Kassari_(Keina)_vallavalitsus, lk 27
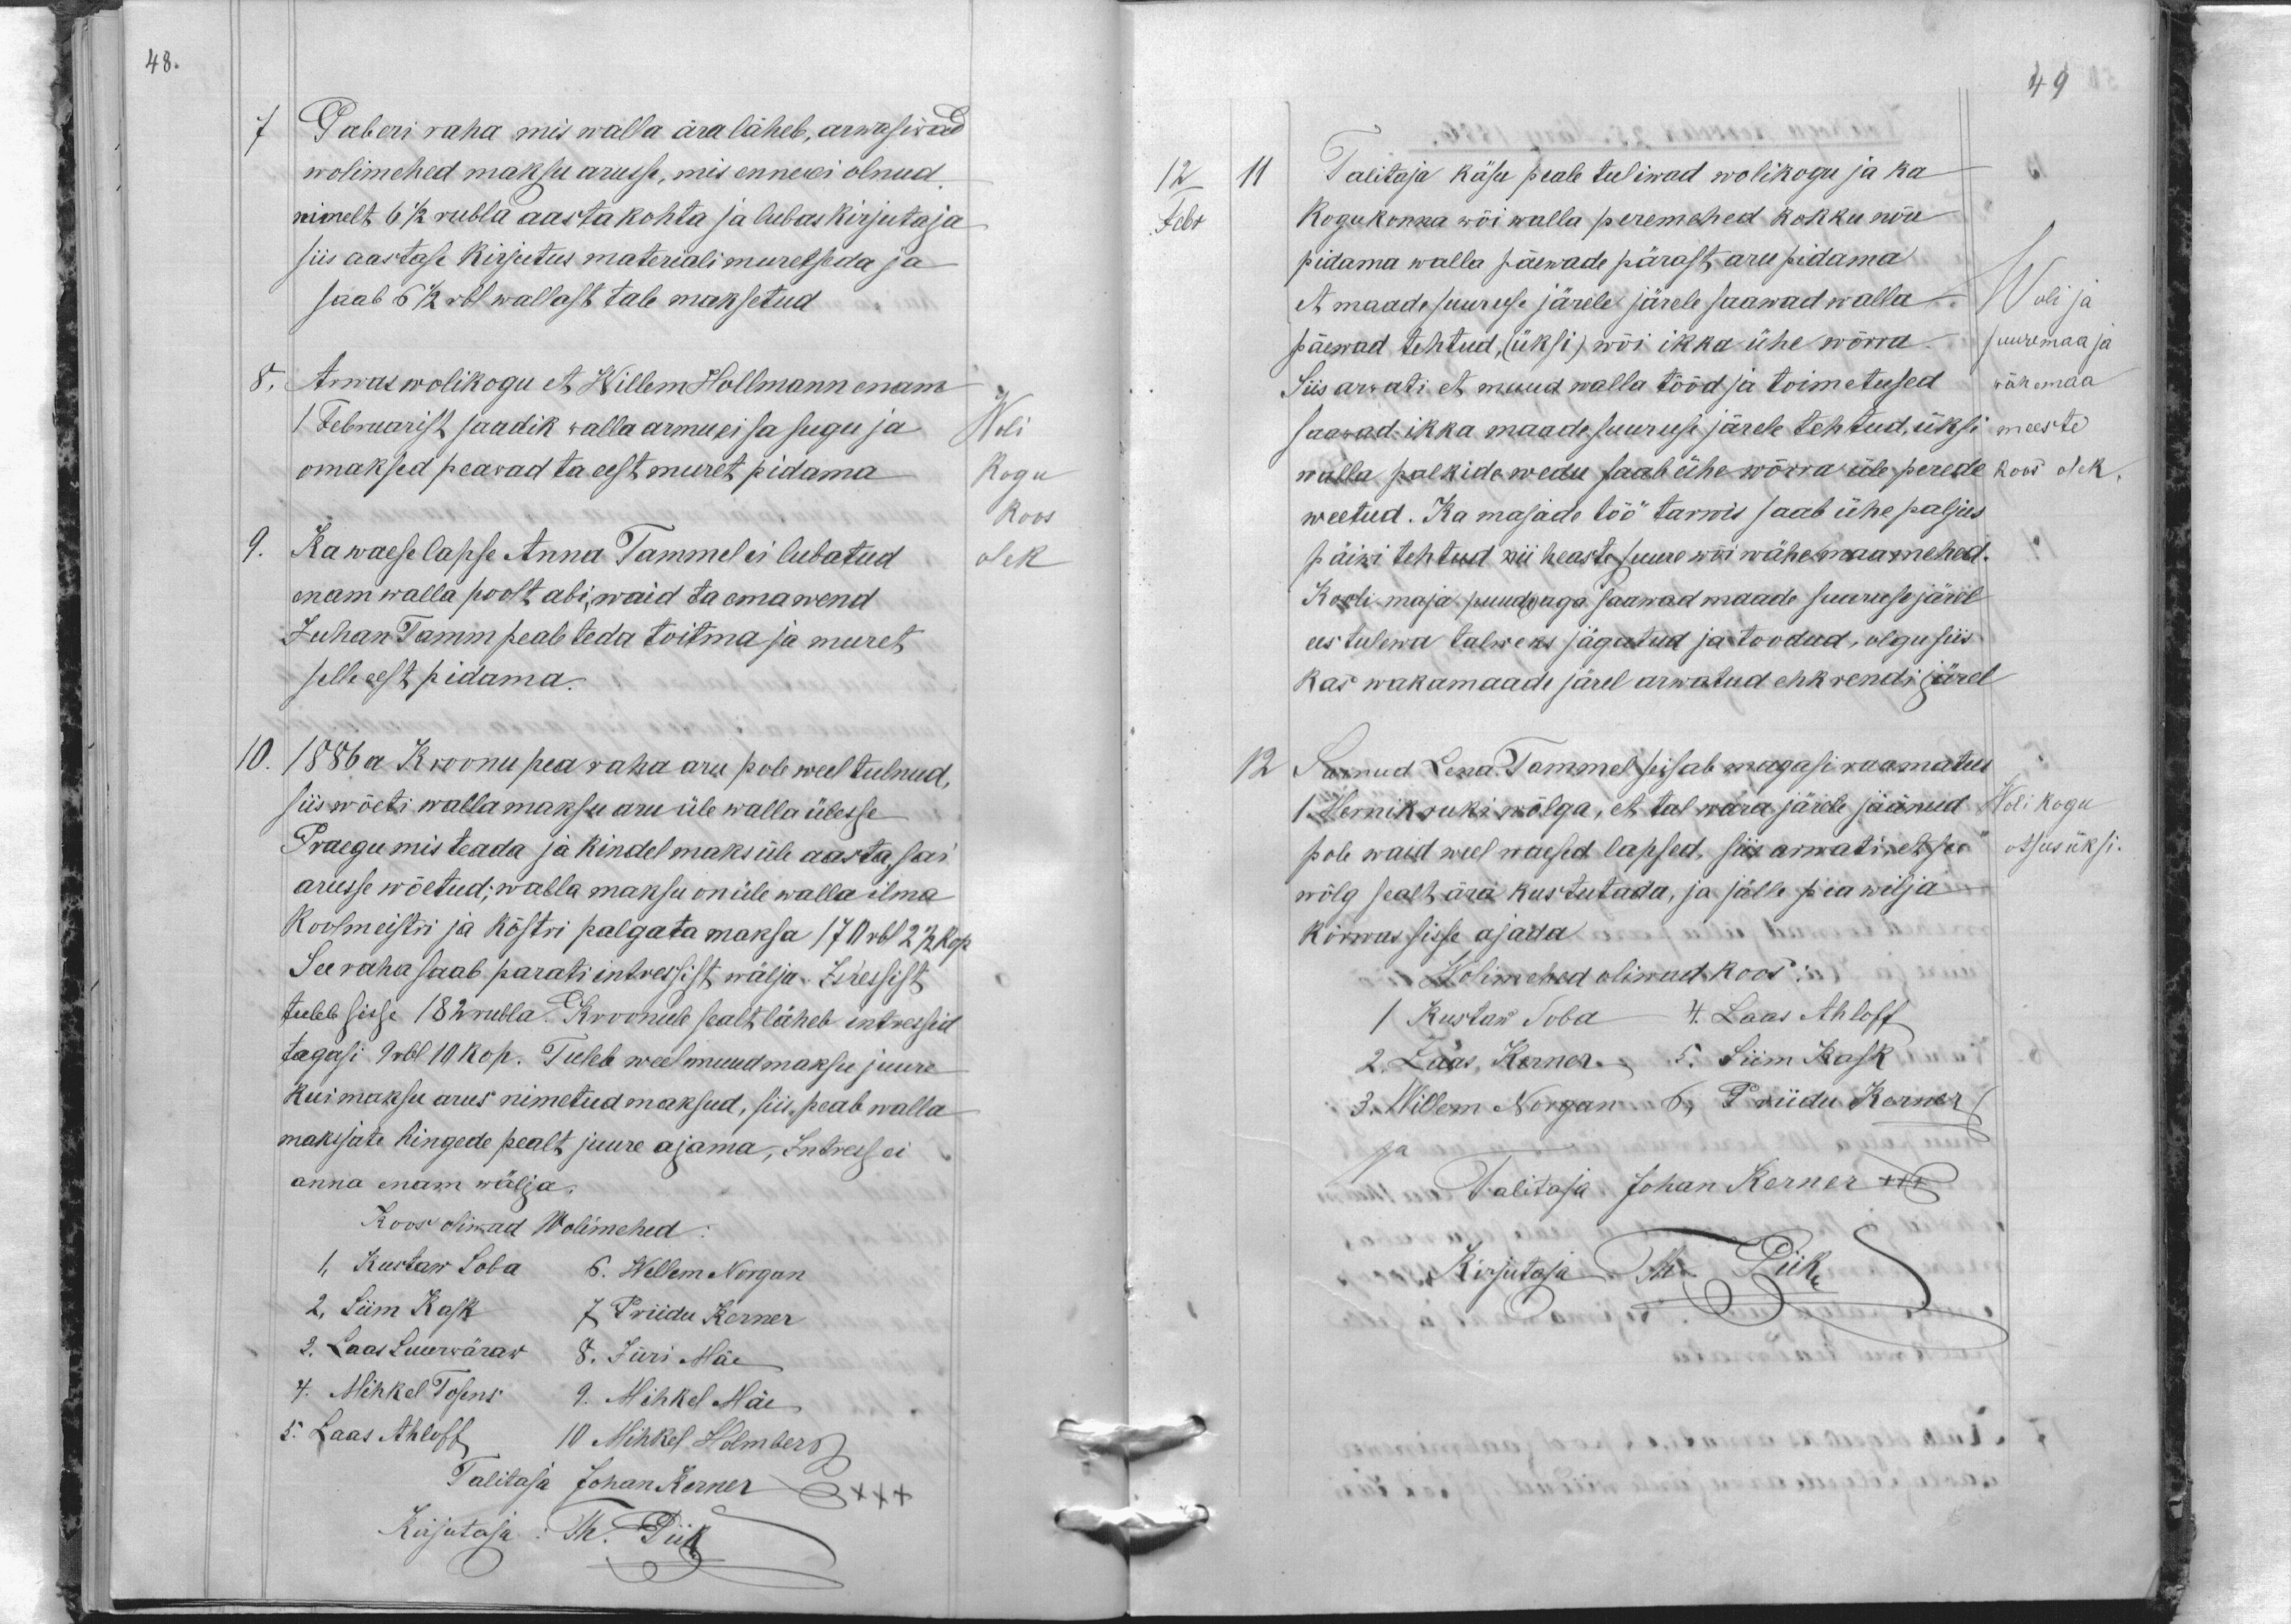
48.

7
Paberi raha mis walla ära läheb, arwasiwad
wolimehed maksu arusse, mis enneki olnud.
nimelt 6 1/2 rubla aasta kohta ja lubas kirjutaja
siis aastase kirjutus materiali muretseda ja
saab 6 1/2 rbl wallast tale maksetud
8,
Arwas wolikogu et Willem Hollmann enam
1 Februarist saadik walla armu ei sa sugu ja
Woli
omaksed peavad ta eest muret pidama
Kogu
Koos
9. Ka waese lapse Anna Tammel ei lubatud
olek
enam walla poolt abi, waid ta oma wend
Juhan Tamm peab teda toitma ja muret
selle eest pidama.
10.
1886 a Kroonu pea raha aru pole weel tulnud,
siis wõeti walla maksu aru üle walla ülesse
Praegu mis teada ja kindel maks üle aasta sai
arusse wõetud; walla maksu on üle walla ilma
Koolmeistri ja köstri palgata maksa 170 rbl 2 1/2 kop.
See raha saab parati intressist wälja. Intressist
tuleb sisse 182 rubla. Kroonule sealt läheb intressid
tagasi 9 rbl 10 kop. Tuleb weel muud maksu juure
kui maksu arus nimetud maksud, siis, peab walla
maksjate hingede pealt juure ajama, Intress ei
anna enam wälja.
Koos oliwad Wolimehed
1, Kustaw Soba 6. Willem Norgan
2, Siim Kask 7 Priidu Kerner
3. Laas Suurwäraw 8. Jüri Mäe
4. Mihkel Tosens 9. Mihkel Mäe
5. Laas Ahloff 10 Mihkel Holmberg
Talitaja Johan Kerner
XXX
Kirjutaja: Th. Piik

49
12
11
Talitaja käsu peale tuliwad wolikogu ja ka
Febr
Kogukonna wõi walla peremehed kokku nõu
pidama walla päewade pärast aru pidama
et maade suuruse järele järele saawad walla
Woli ja
päewad tehtud, (üksi) wõi ikka ühe wõrra
suuremaa ja
Siis arwati et muud walla tööd ja toimetused
wähemaa
saawad ikka maade suuruse järele tehtud, üksi
meeste
walla palkide wedu saab ühe wõrra üle perede
koos olek
weetud. Ka majade töö tarwis saab ühe paljus
päiwi tehtud nii heaste suure wõi wähemaa mehed.
Kooli maja puud(e), aga saawad maade suuruse järel
ees tulewa talweks jagatud ja toodud, olgu siis
kas wakamaade järel arwatud ehk rendi järel
12
Surnud Lena Tammel seisab magasi raamatus
1. Mernik ruki wõlga, et tal wara järele jäänud
Wolikogu
pole waid weel waesed lapsed, siis arwati, et see
Otsus üksi
wõlg sealt ära kustutada, ja jälle pea wilja
kõrwas sisse ajada
Wolimehed oliwad koos:
1 Kustaw Soba 4. Laas Ahloff
2. Laas Kerner 5. Siim Kask
3. Willem Norgan 6, Priidu Kerner
ja
Talitaja Johan Kerner +++
Kirjutaja Th. Piik